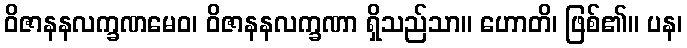
ဝိဇာနနလက္ခဏမေဝ၊ ဝိဇာနနလက္ခဏာ ရှိသည်သာ။ ဟောတိ၊ ဖြစ်၏။ ပန၊